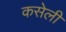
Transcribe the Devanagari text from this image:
कसेली